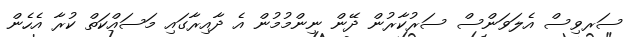
ސަރވިސް އެލަވަންސް ސަރުކާރުން ދޭން ނިންމުމުން އެ ދާއިރާގައި މަސައްކަތް ކުރާ އެހެން